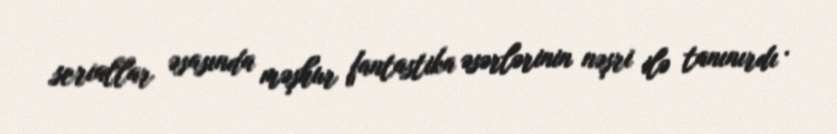
seriallar əsasında məşhur fantastika əsərlərinin nəşri ilə tanınırdı .